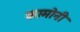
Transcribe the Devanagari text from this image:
कामोनी